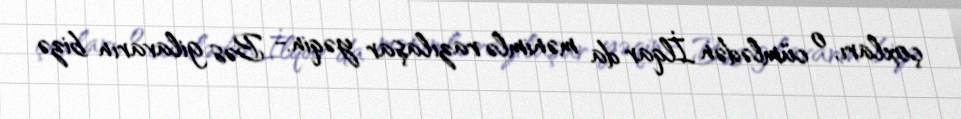
çoxları, o cümlədən İlqar da mənimlə razılaşar yəqin.- Bəs gilavarın bizə